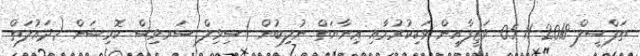
ތަފްސީލް 2018-11-05 ވަޒީފާއިން ވަކިކުރުމާއި ޢިނާޔަތް ނުލިބުން (ސިވިލް ސަރވިސް ކޮމިޝަން (ދައުލަތް